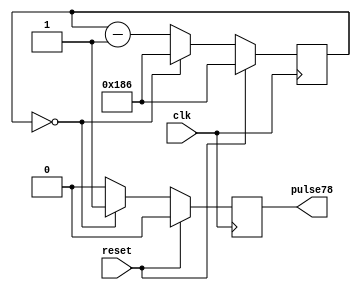
module ddr_pulse78 #(
	parameter    clk_freq = 50000000
) (
	input        clk,
	input        reset,
	//
	output   reg pulse78
);

//----------------------------------------------------------------------------
//
//----------------------------------------------------------------------------
`define PULSE78_RNG  10:0

parameter pulse78_init = 78 * (clk_freq/10000000);

reg [`PULSE78_RNG] counter;

always @(posedge clk)
begin
	if (reset) begin
		counter <= pulse78_init;
		pulse78 <= 0;
	end else begin
		if (counter == 0) begin
			counter <= pulse78_init;
			pulse78 <= 1'b1;
		end else begin
			counter <= counter - 1;
			pulse78 <= 0;
		end
	end
end

endmodule